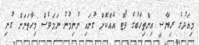
މިއަދުގެ ރިޔާސީ އިންތިޚާބުގެ ވޯޓް އެއްކޮށް ގުނައި ނުނިމުނު ނަމަވެސް މިހާތަނަށް ގުނި